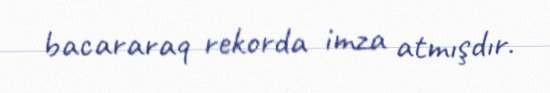
bacararaq rekorda imza atmışdır.